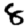
Digit: 8